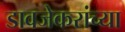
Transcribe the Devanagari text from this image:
डावजेकरांच्या